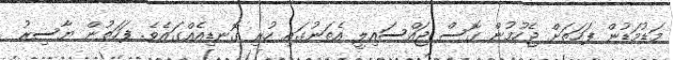
މަޑުމަޑުން ފަހަތަށް ޖެހުމުން ގޮސް ޖައްސައިލީ އެތަނުގައި ހުރި ގޮނޑިއެއްގައެވެ. ފަހަތުން ޔާސިރު